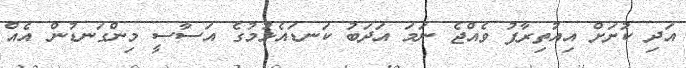
އަދި ކުށަށް އިއުތިރާފު ވެއްޖެ ނަމަ އަދަބު ކަނޑައެޅުމުގެ އަސާސީ މިންގަނޑުން އެއް